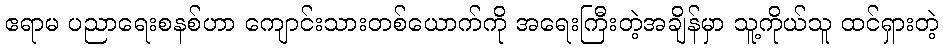
ဧရာမ ပညာရေးစနစ်ဟာ ကျောင်းသားတစ်ယောက်ကို အရေးကြီးတဲ့အချိန်မှာ သူ့ကိုယ်သူ ထင်ရှားတဲ့